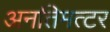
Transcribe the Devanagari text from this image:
अनतिमत्टर